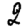
Digit: 2